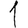
Digit: 1